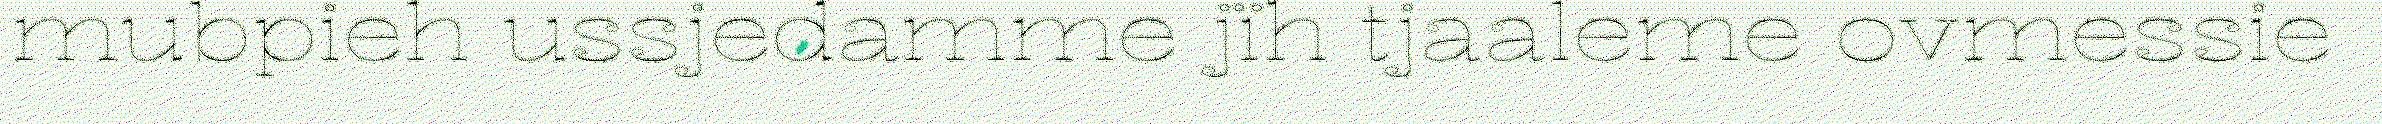
mubpieh ussjedamme jïh tjaaleme ovmessie